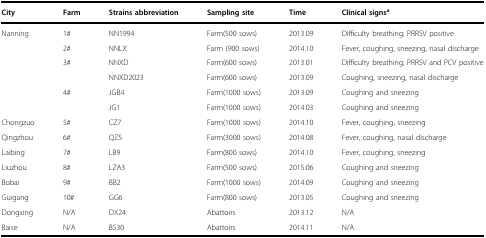
<table><thead><tr><td><b>City</b></td><td><b>Farm</b></td><td><b>Strains abbreviation</b></td><td><b>Sampling site</b></td><td><b>Time</b></td><td><b>Clinical signs<sup>a</sup></b></td></tr></thead><tbody><tr><td rowspan="6">Nanning</td><td>1#</td><td>NN1994</td><td>Farm(500 sows)</td><td>2013.09</td><td>Difficulty breathing; PRRSV positive</td></tr><tr><td>2#</td><td>NNLX</td><td>Farm (900 sows)</td><td>2014.10</td><td>Fever, coughing, sneezing, nasal discharge</td></tr><tr><td rowspan="2">3#</td><td>NNXD</td><td>Farm(600 sows)</td><td>2013.01</td><td>Difficulty breathing; PRRSV and PCV positive</td></tr><tr><td>NNXD2023</td><td>Farm(600 sows)</td><td>2013.09</td><td>Coughing, sneezing, nasal discharge</td></tr><tr><td rowspan="2">4#</td><td>JGB4</td><td>Farm(1000 sows)</td><td>2013.09</td><td>Coughing and sneezing</td></tr><tr><td>JG1</td><td>Farm(1000 sows)</td><td>2014.03</td><td>Coughing and sneezing</td></tr><tr><td>Chongzuo</td><td>5#</td><td>CZ7</td><td>Farm(1000 sows)</td><td>2014.10</td><td>Fever, coughing, sneezing</td></tr><tr><td>Qingzhou</td><td>6#</td><td>QZ5</td><td>Farm(3000 sows)</td><td>2014.08</td><td>Fever, coughing, nasal discharge</td></tr><tr><td>Laibing</td><td>7#</td><td>LB9</td><td>Farm(800 sows)</td><td>2014.10</td><td>Fever, coughing, sneezing</td></tr><tr><td>Liuzhou</td><td>8#</td><td>LZA3</td><td>Farm(500 sows)</td><td>2015.06</td><td>Coughing and sneezing</td></tr><tr><td>Bobai</td><td>9#</td><td>BB2</td><td>Farm(1000 sows)</td><td>2014.09</td><td>Coughing and sneezing</td></tr><tr><td>Guigang</td><td>10#</td><td>GG6</td><td>Farm(800 sows)</td><td>2013.05</td><td>Coughing and sneezing</td></tr><tr><td>Dongxing</td><td>N/A</td><td>DX24</td><td>Abattoirs</td><td>2013.12</td><td>N/A</td></tr><tr><td>Baise</td><td>N/A</td><td>BS30</td><td>Abattoirs</td><td>2014.11</td><td>N/A</td></tr></tbody></table>